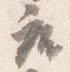
座